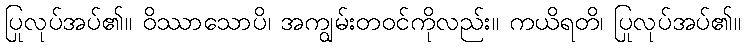
ပြုလုပ်အပ်၏။ ဝိဿာသောပိ၊ အကျွမ်းတဝင်ကိုလည်း။ ကယိရတိ၊ ပြုလုပ်အပ်၏။